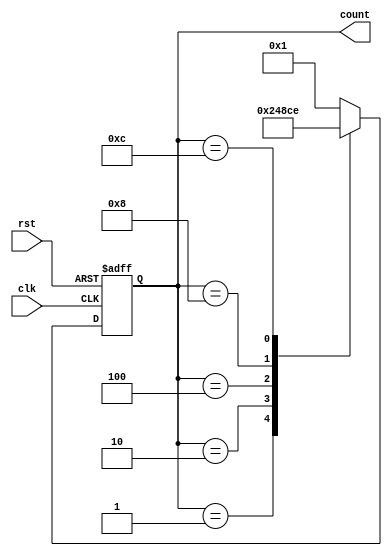
module johnson_counter (
    input wire clk,
    input wire rst,
    output reg [3:0] count
);

reg [3:0] next_count;

always @(posedge clk or posedge rst) begin
    if (rst) begin
        count <= 4'b0001;
    end else begin
        count <= next_count;
    end
end

always @* begin
    case (count)
        4'b0001: next_count = 4'b0010;
        4'b0010: next_count = 4'b0100;
        4'b0100: next_count = 4'b1000;
        4'b1000: next_count = 4'b1100;
        4'b1100: next_count = 4'b1110;
        default: next_count = 4'b0001;
    endcase
end

endmodule